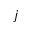
j